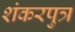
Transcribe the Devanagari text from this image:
शंकरपुत्र